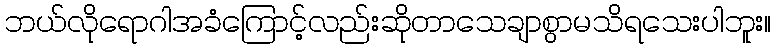
ဘယ်လိုရောဂါအခံကြောင့်လည်းဆိုတာသေချာစွာမသိရသေးပါဘူး။